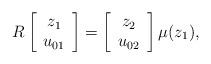
LaTeX: \begin{align*} R\left[\begin{array}{c}z_1\\u_{01}\end{array}\right]=\left[\begin{array}{c}z_2\\u_{02}\end{array}\right]\mu(z_1),\end{align*}